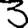
Digit: 3